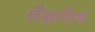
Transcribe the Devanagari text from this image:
सैद्धातिक